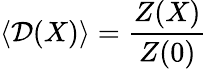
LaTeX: \left.\langle{\cal D}(X)\rangle=\frac{Z(X)}{Z(0)}\right.